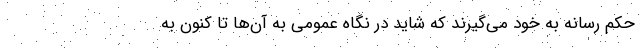
حکم رسانه به خود می‌گیرند که شاید در نگاه عمومی به آن‌ها تا کنون به